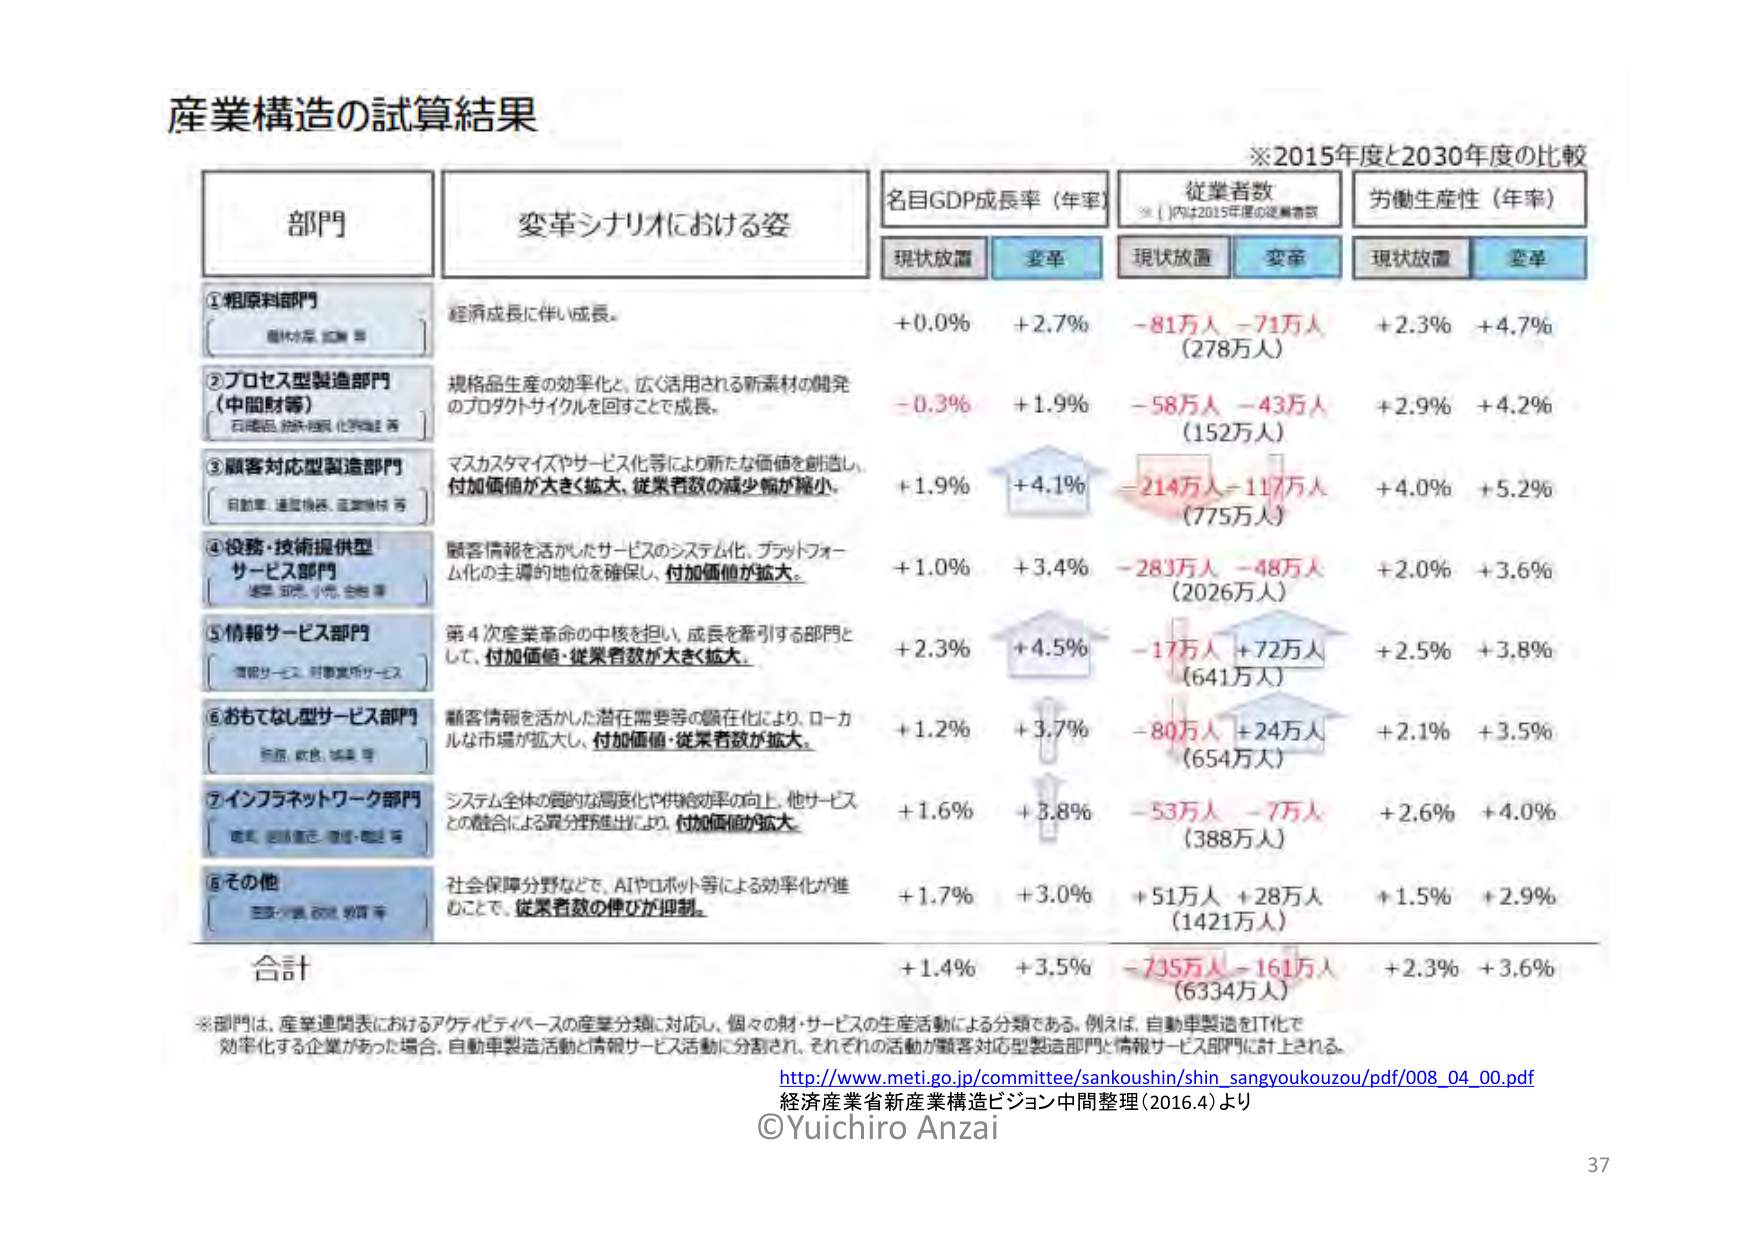
産業構造の試算結果

※2015年度と2030年度の比較

部門　　　　　　　　　　　　変革シナリオにおける姿　　　　　　　名目GDP成長率（年率）　　　　従業者数　　　　　　労働生産性（年率）
　　　　　　　　　　　　　　　　　　　　　　　　　　　　　　　　現状放置　　変革　　　　現状放置　　変革　　　　現状放置　　変革
※（）内は2015年度の従業者数

①粗原料部門
　　（原材料、鉱物等）
　　経済成長に伴い成長。
　　+0.0%　　+2.7%　　-81万人　-71万人　　+2.3%　　+4.7%
　　　　　　　　　　　　（278万人）

②プロセス型製造部門
　　（中間財等）
　　（石炭品、化学繊維、化学製品等）
　　規格品生産の効率化と、広く活用される新素材の開発
　　のプロダクトサイクルを回すことで成長。
　　-0.3%　　+1.9%　　-58万人　-43万人　　+2.9%　　+4.2%
　　　　　　　　　　　　（152万人）

③顧客対応型製造部門
　　（自動車、通信機器、医療機器等）
　　マスカスタマイズやサービス化等により新たな価値を創造し、
　　付加価値が大きく拡大、従業者数の減少幅が縮小。
　　+1.9%　　+4.1%　　-214万人　-117万人　　+4.0%　　+5.2%
　　　　　　　　　　　　（775万人）

④役務・技術提供型
　　サービス部門
　　（建築、知財、小売、金融等）
　　顧客情報を活かしたサービスのシステム化、プラットフォー
　　ム化の主導的地位を確保し、付加価値が拡大。
　　+1.0%　　+3.4%　　-283万人　-48万人　　+2.0%　　+3.6%
　　　　　　　　　　　　（2026万人）

⑤情報サービス部門
　　（情報サービス、対事業所サービス）
　　第4次産業革命の中核を担い、成長を牽引する部門と
　　して、付加価値・従業者数が大きく拡大。
　　+2.3%　　+4.5%　　-17万人　+72万人　　+2.5%　　+3.8%
　　　　　　　　　　　　（641万人）

⑥おもてなし型サービス部門
　　（旅館、飲食、娯楽等）
　　顧客情報を活かした潜在需要等の顕在化により、ローカ
　　ルな市場が拡大し、付加価値・従業者数が拡大。
　　+1.2%　　+3.7%　　-80万人　+24万人　　+2.1%　　+3.5%
　　　　　　　　　　　　（654万人）

⑦インフラネットワーク部門
　　（電気、通信運営、環境・物流等）
　　システム全体の質的な高度化や供給効率の向上、他サービス
　　との融合による異分野進出により、付加価値が拡大。
　　+1.6%　　+3.8%　　-53万人　-7万人　　+2.6%　　+4.0%
　　　　　　　　　　　　（388万人）

⑧その他
　　（医療・介護、教育、学問等）
　　社会保障分野などで、AIやロボット等による効率化が進
　　むことで、従業者数の伸びが抑制。
　　+1.7%　　+3.0%　　+51万人　+28万人　　+1.5%　　+2.9%
　　　　　　　　　　　　（1421万人）

合計
　　+1.4%　　+3.5%　　-735万人　-161万人　　+2.3%　　+3.6%
　　　　　　　　　　　　（6334万人）

※部門は、産業連関表におけるアクティビティベースの産業分類に対応し、個々の財・サービスの生産活動による分類である。例えば、自動車製造をIT化で
　効率化する企業があった場合、自動車製造活動と情報サービス活動に分類され、それぞれの活動が顧客対応型製造部門と情報サービス部門に計上される。

http://www.meti.go.jp/committee/sankoushin/shin_sangyoukouzou/pdf/008_04_00.pdf
経済産業省新産業構造ビジョン中間整理（2016.4）より
©Yuichiro Anzai

37